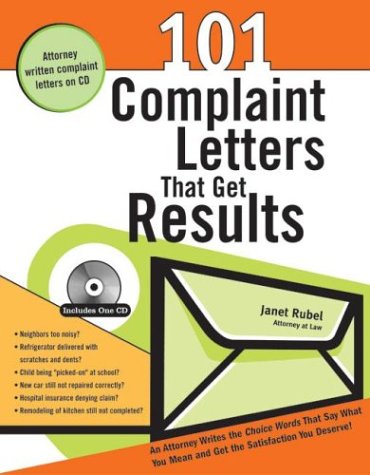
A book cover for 101 Complaint Letters That Get Results: An Attorney Writes the Choice Words That Say What You Mean and Get the Satisfaction You Deserve; Janet Rubel; Law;